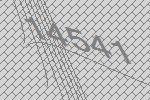
14541